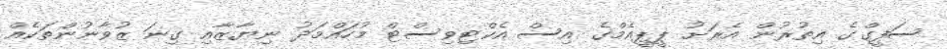
ސަފީގްގެ އިތުރުން އެރަށު ޕީޕީއެމްގެ އިސް އެކްޓިވިސްޓް މުހައްމަދު ނިޔާޒާއި ގިނަ ޒުވާނުންތަކެއް